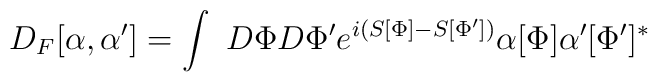
D_F[\alpha, \alpha ^{\prime}]=\int~D\Phi D\Phi'e^{i(S[\Phi]-S[\Phi'])} \alpha [\Phi ]\alpha ^{\prime}[\Phi' ]^*